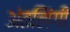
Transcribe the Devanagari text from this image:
अंतलिंगी